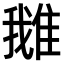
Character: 𨿍